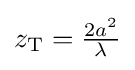
{\textstyle z_{\text{T}}={\frac {2a^{2}}{\lambda }}}